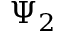
\Psi _ { 2 }